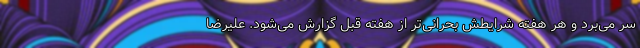
سر می‌برد و هر هفته شرایطش بحرانی‌تر از هفته قبل گزارش می‌شود. علیرضا